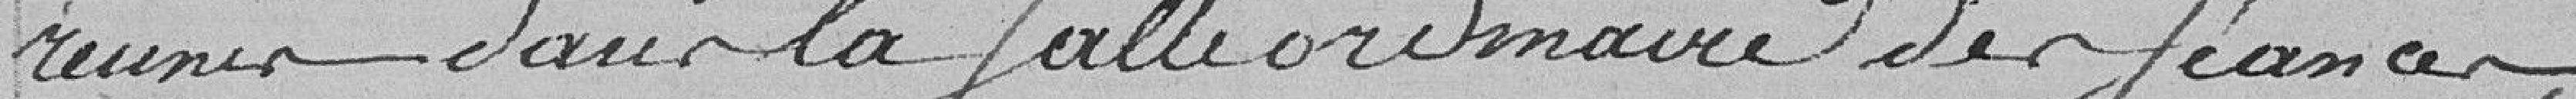
réunis dans la salle ordinaire des séances,